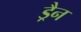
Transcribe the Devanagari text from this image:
ड्रैन